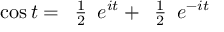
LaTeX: \cos t = { \begin{array} { l } { { \frac { 1 } { 2 } } } \end{array} } e ^ { i t } + { \begin{array} { l } { { \frac { 1 } { 2 } } } \end{array} } e ^ { - i t }